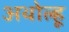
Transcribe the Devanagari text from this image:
अथोल्हू